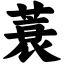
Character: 蓑